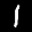
Label: 1